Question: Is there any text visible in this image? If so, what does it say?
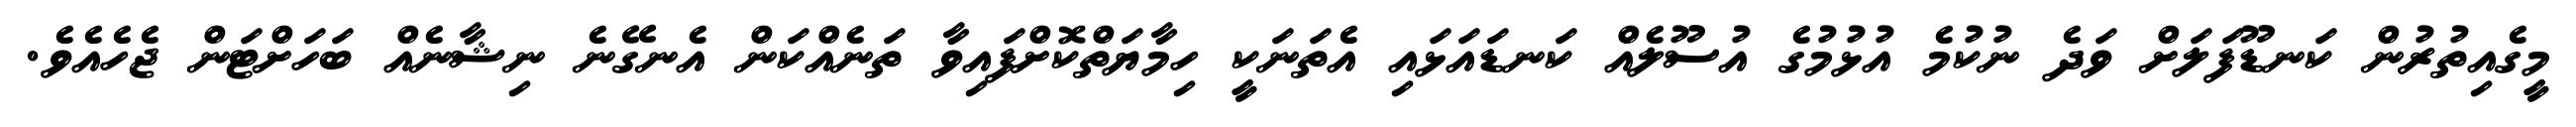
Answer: މީގެއިތުރުން ކަނޑޫފަލަށް ވަދެ ނުކުމެ އުޅުމުގެ އުސޫލެއް ކަނޑައަޅައި އެތަނަކީ ހިމާޔަތްކޮށްފައިވާ ތަނެއްކަން އެނގޭނެ ނިޝާނެއް ބަހަށްޓަން ޖެހެއެވެ.